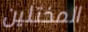
المختلين